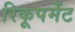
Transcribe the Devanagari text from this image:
रिकूपमेंट